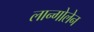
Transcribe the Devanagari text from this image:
लान्गोलेन